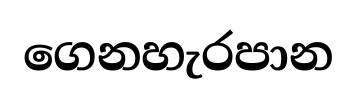
ගෙනහැරපාන